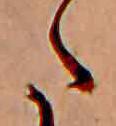
た